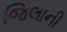
જિલાની